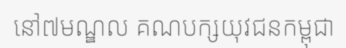
នៅ៧មណ្ឌល គណបក្សយុវជនកម្ពុជា